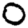
Digit: 0